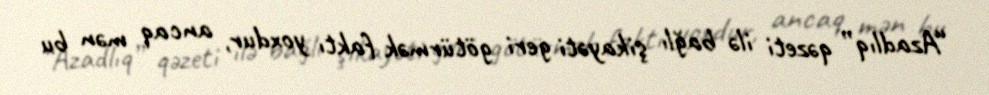
“Azadlıq” qəzeti ilə bağlı şikayəti geri götürmək faktı yoxdur, ancaq mən bu